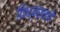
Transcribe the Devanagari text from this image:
विध्वंसाचे